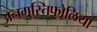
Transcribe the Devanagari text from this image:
अनगुस्तिफोलिया